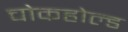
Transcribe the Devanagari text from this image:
चोकहोल्ड